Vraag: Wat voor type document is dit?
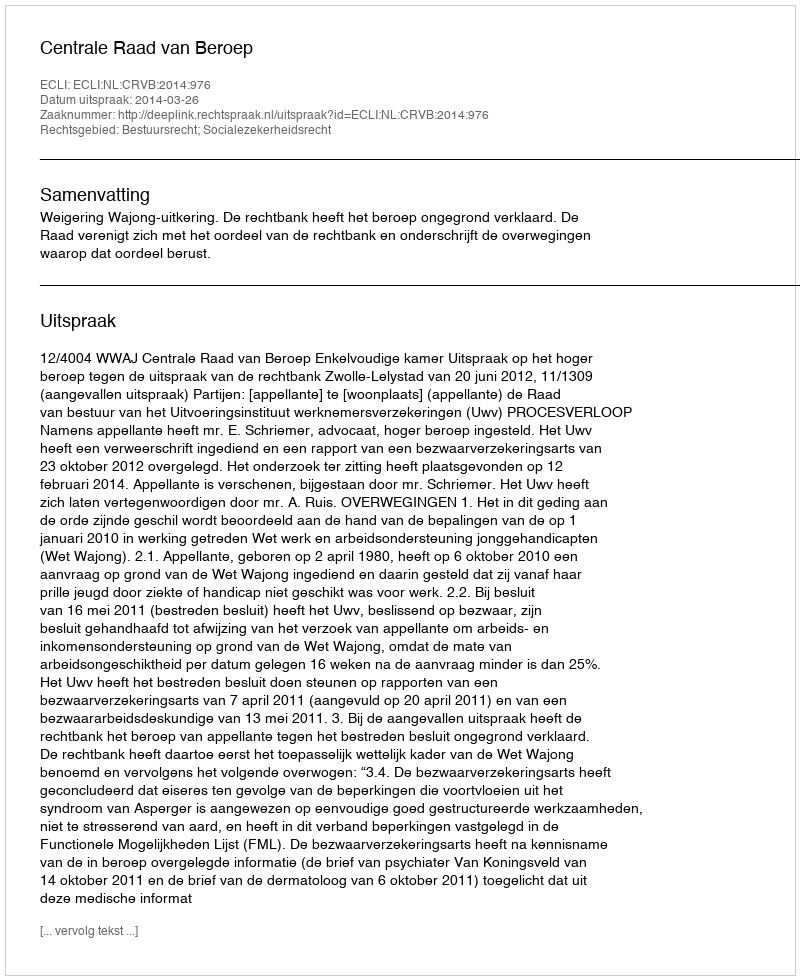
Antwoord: Uitspraak